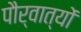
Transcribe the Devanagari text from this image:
पौर्वात्यों